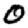
Digit: 0